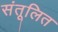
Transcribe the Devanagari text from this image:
संतूलित